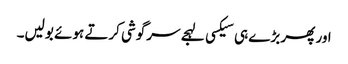
اور پھر بڑے ہی سیکسی لہجے سرگوشی کرتے ہوئے بولیں۔